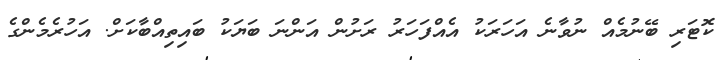
ކޮޓަރި ބޭނުމެއް ނުވާނެ އަހަރަކު އެއްފަހަރު ރަށުން އަންނަ ބަޔަކު ބައިތިއްބާކަށް. އަހުރެމެންގެ